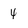
Character: 4